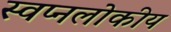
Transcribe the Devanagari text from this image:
स्वप्नलोकीय